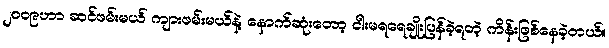
၂၀၀၉ဟာ ဆင်ဖမ်းမယ် ကျားဖမ်းမယ်နဲ့ နောက်ဆုံးတော့ ငါးမရရေချိုးပြန်ခဲ့ရတဲ့ ကိန်းဖြစ်နေခဲ့တယ်။